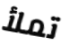
تملأ